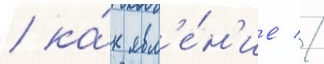
/ ка́к явл'е́н'ие //